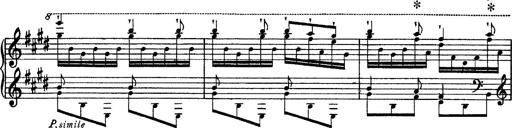
Title: Tarantelle di bravura dâ€™aprÃ¨s la tarantelle de La muette de Portici
Composer: Franz Liszt